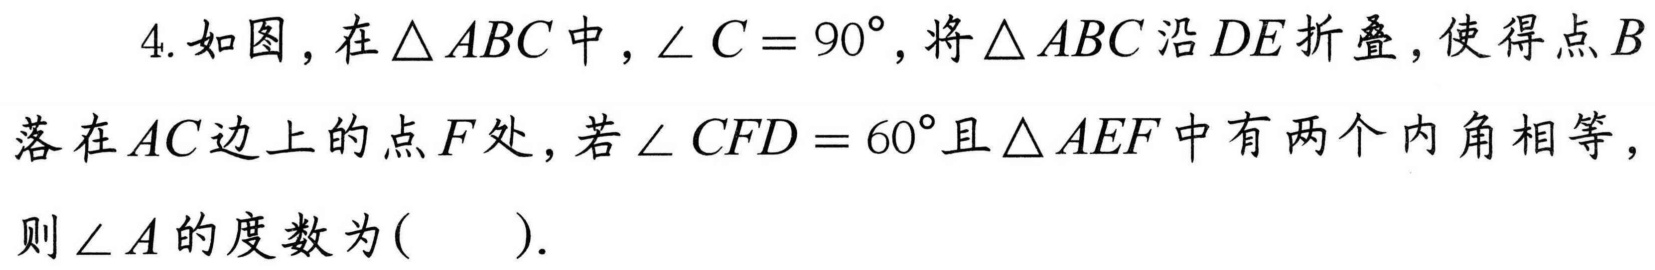
4. 如图，在\(\triangle ABC\)中，\(\angle C = 90^{\circ}\)，将\(\triangle ABC\)沿\(DE\)折叠，使得点\(B\)落在\(AC\)边上的点\(F\)处，若\(\angle CFD = 60^{\circ}\)且\(\triangle AEF\)中有两个内角相等，则\(\angle A\)的度数为( ).